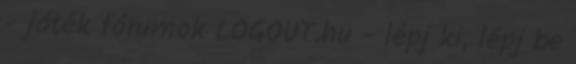
- játék fórumok LOGOUT.hu - lépj ki, lépj be